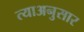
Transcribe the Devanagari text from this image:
त्याअनुसार